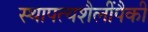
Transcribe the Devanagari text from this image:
स्थापत्यशैलींपैकी